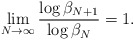
\begin{align*}\lim _{N \rightarrow \infty} \frac{\log \beta _{N+1} }{\log \beta _N } = 1 .\end{align*}